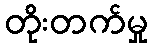
တိုးတက်မှု